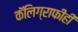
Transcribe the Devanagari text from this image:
कॅलिग्राफीही